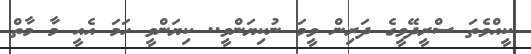
ކީއްވެތަ ސްރީދޭވީގެ ދަރިން ވީމަ ނުކިޔަންވީ.. ކިޔަންވީ ހަމަ އެއީ މާ މާތް